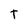
Character: T